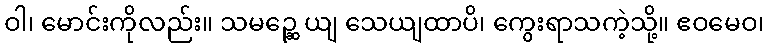
ဝါ၊ မောင်းကိုလည်း။ သမဉ္ဆေ ယျ သေယျထာပိ၊ ကွေးရာသကဲ့သို့။ ဧဝမေဝ၊